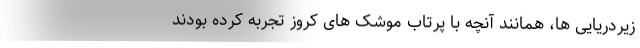
زیردریایی ها، همانند آنچه با پرتاب موشک های کروز تجربه کرده بودند